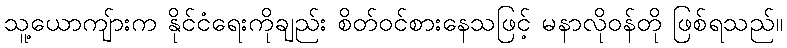
သူ့ယောကျ်ားက နိုင်ငံရေးကိုချည်း စိတ်ဝင်စားနေသဖြင့် မနာလိုဝန်တို ဖြစ်ရသည်။